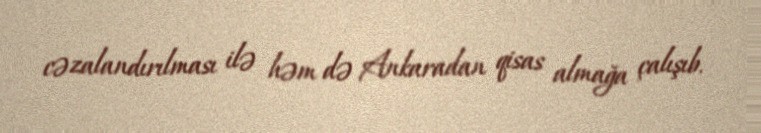
cəzalandırılması ilə həm də Ankaradan qisas almağa çalışıb.